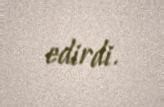
edirdi.